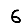
Digit: 6